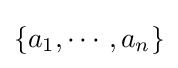
\left\{{a_{1},\cdots ,a_{n}}\right\}